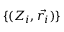
\{ ( Z _ { i } , \vec { r _ { i } } ) \}